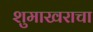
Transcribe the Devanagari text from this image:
शुमाखराचा